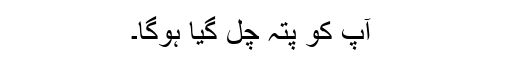
‌ آپ کو پتہ چل گیا ہوگا۔